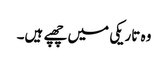
وہ تاریکی میں چھپے ہیں۔